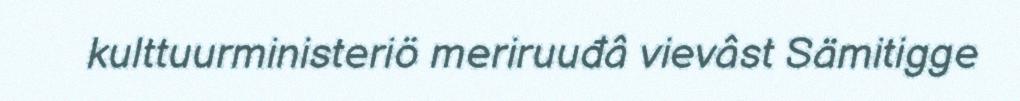
kulttuurministeriö meriruuđâ vievâst Sämitigge